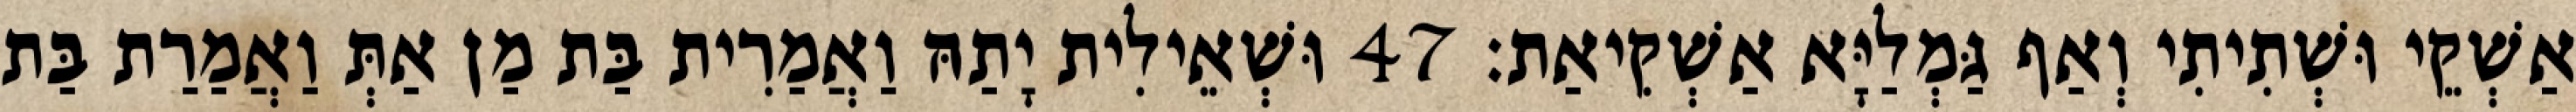
אַשְׁקֵי וּשְׁתִיתִי וְאַף גַּמְלַיָּא אַשְׁקִיאַת׃ 47 וּשְׁאֵילִית יָתַהּ וַאֲמַרִית בַּת מַן אַתְּ וַאֲמַרַת בַּת